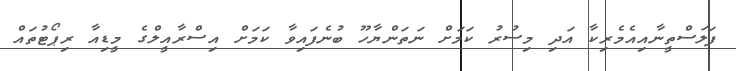
ފަލަސްތީނާއިއެމެރިކާ އަދި މިސުރު ކަމަށް ނަތަންޔާހޫ ބުނެފައިވާ ކަމަށް އިސްރާއީލްގެ މީޑިއާ ރިޕޯޓުތައް